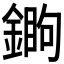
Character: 𨪵